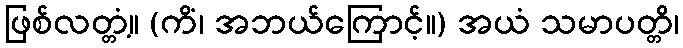
ဖြစ်လတ္တံ့။ (ကိံ၊ အဘယ်ကြောင့်။) အယံ သမာပတ္တိ၊